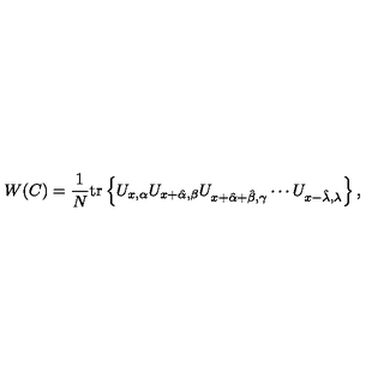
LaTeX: W ( C ) = \frac { 1 } { N } \mathrm { t r } \left\{ U _ { x , \alpha } U _ { x + \hat { \alpha } , \beta } U _ { x + \hat { \alpha } + \hat { \beta } , \gamma } \cdots U _ { x - \hat { \lambda } , \lambda } \right\} ,